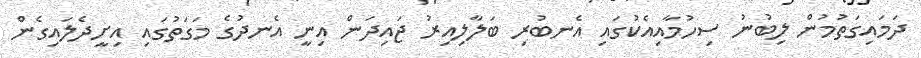
ދަމައިގަތުމުން ލިބުނު ސިހުމާއިއެކުގައި އެނބުރި ބަލާލިއިރު ޖައިދަން އިނީ އެނދުގެ މަގަތުގައި އިށީދެލައިގެން